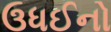
ઉધઈનો